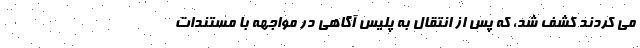
می کردند کشف شد، که پس از انتقال به پلیس آگاهی در مواجهه با مستندات